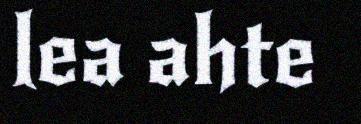
lea ahte